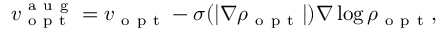
v _ { \mathrm { ~ o ~ p ~ t ~ } } ^ { \mathrm { ~ a ~ u ~ g ~ } } = v _ { \mathrm { ~ o ~ p ~ t ~ } } - \sigma ( | \nabla \rho _ { \mathrm { ~ o ~ p ~ t ~ } } | ) \nabla \log \rho _ { \mathrm { ~ o ~ p ~ t ~ } } ,